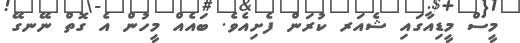
މީސް މީޑިއާގައި ޝެއަރ ކުރަން ފެށިއެވެ. ބައެއް މީހުން އެ ގޮތް ނޭނގޭ